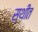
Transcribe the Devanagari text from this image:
स्‍थीत